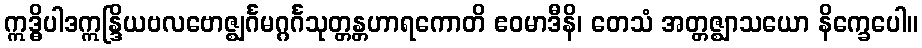
ဣဒ္ဓိပါဒဣန္ဒြိယဗလဗောဇ္ဈင်္ဂမဂ္ဂင်္ဂသုတ္တန္တဟာရကောတိ ဧဝမာဒီနိ၊ တေသံ အတ္တဇ္ဈာသယော နိက္ခေပေါ။